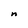
Character: n